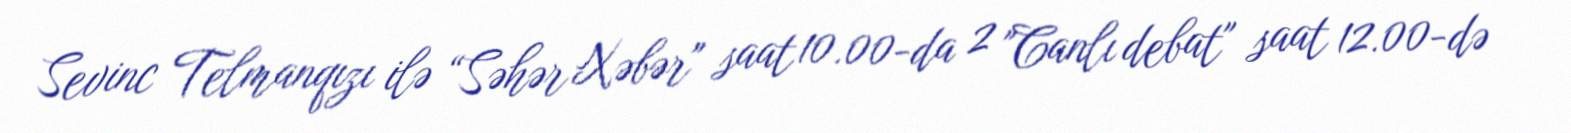
Sevinc Telmanqızı ilə “Səhər Xəbər" saat 10.00-da 2 "Canlı debat" saat 12.00-də